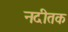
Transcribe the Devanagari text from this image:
नदीतक